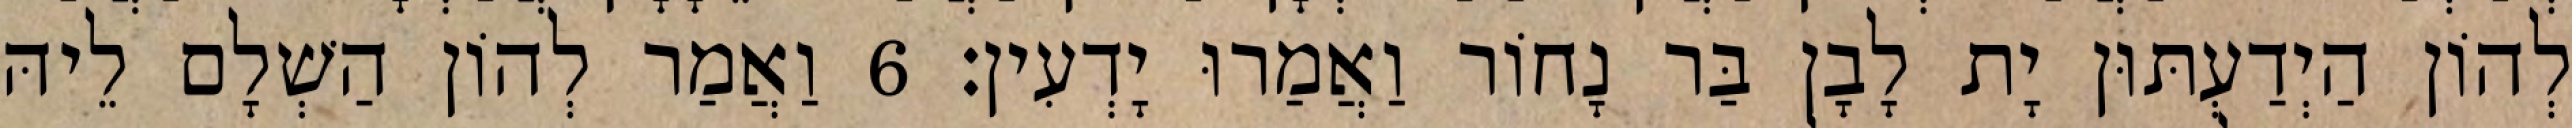
לְהוֹן הַיְדַעְתּוּן יָת לָבָן בַּר נָחוֹר וַאֲמַרוּ יָדְעִין׃ 6 וַאֲמַר לְהוֹן הַשְׁלָם לֵיהּ